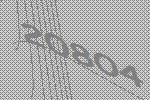
20804